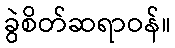
ခွဲစိတ်ဆရာဝန်။